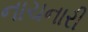
નાચનારી